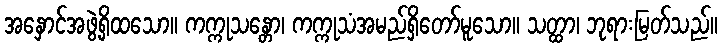
အနှောင်အဖွဲ့ရှိထသော။ ကက္ကုသန္တော၊ ကက္ကုသံအမည်ရှိတော်မူသော။ သတ္ထာ၊ ဘုရားမြတ်သည်။